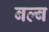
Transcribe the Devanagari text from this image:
बल्‍ब